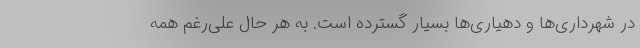
در شهرداری‌ها و دهیاری‌ها بسیار گسترده است. به هر حال علی‌رغم همه